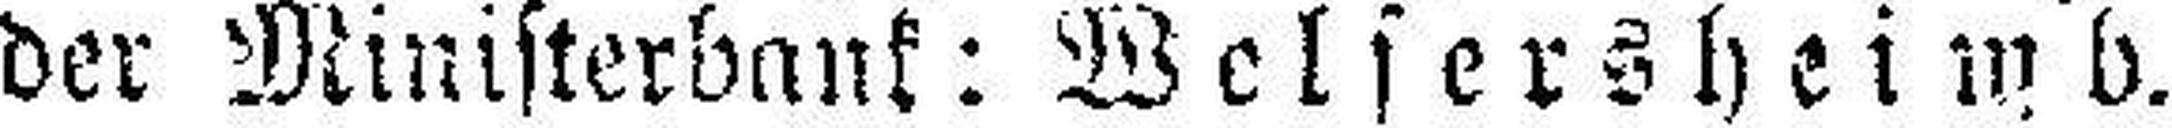
der Ministerbank: Welsersheimb.